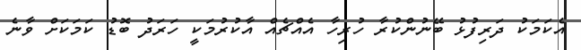
އެކަމަކު ދަރިފުޅު ބޭނުންކުރާ ހުރިހާ އެއްޗެއް އާކުރުމަކީ ހަރަދު ބޮޑު ކަމަކަށް ވާނެ